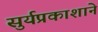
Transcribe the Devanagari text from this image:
सुर्यप्रकाशाने